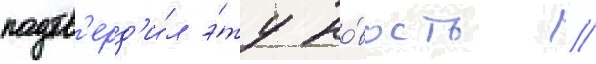
подтв'ерд'и́л э́ту но́вость //